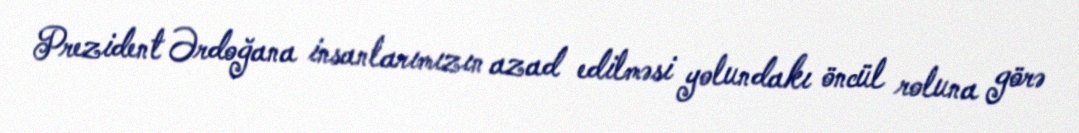
Prezident Ərdoğana insanlarımızın azad edilməsi yolundakı öncül roluna görə